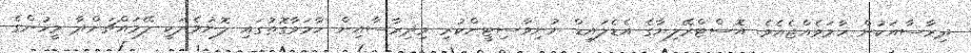
ދިރާސާއަކުން ހާމަވެއްޖެއެވެ. އޮސްޓްރޭލިޔާގެ އެޑެލައިޑް ޔުނިވާސިޓީންކުރި މިދިރާސާއިން ހާމަވާގޮތުގައި ލޮނުމެދަކީ ލޭމައްޗަށްދާ މީހުންގެ